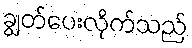
ချွတ်ပေးလိုက်သည်